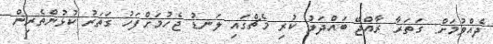
ދެއްވުމަށް: ގަތަރާ ރާއްޖޭ ބައްދަލު ކުރި މެޗްގައި ލަނޑު ޖެހުމަށްފަހު ގަތަރު ކުޅުންތެރިން